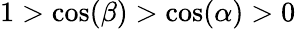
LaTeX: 1>\cos(\beta)>\cos(\alpha)>0